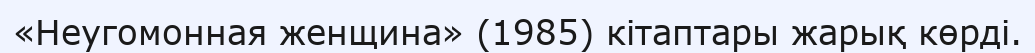
«Неугомонная женщина» (1985) кітаптары жарық көрді.